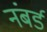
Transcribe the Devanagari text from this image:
नंबर्ड